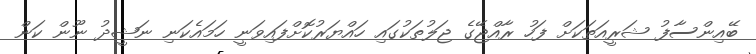
ބޭއިންސާފު ޝަރީއަތަކަށް ފަހު ރާއްޖޭގެ ޖަލުތަކުގައި ހައްޔަރުކޮށްފައިވަނީ ހަމައެކަނި ނަޝީދު ނޫން ކަން